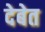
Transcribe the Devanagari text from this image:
देबेत